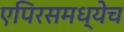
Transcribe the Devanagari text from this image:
एपिरसमध्येच